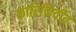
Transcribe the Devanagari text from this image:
कारिकिर्दीत